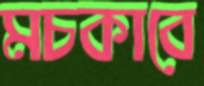
মচকাবে